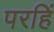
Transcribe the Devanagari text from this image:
परहिं